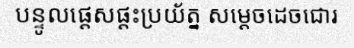
បន្ទូលផ្តេសផ្តះប្រយ័ត្ន សម្តេចដេចជោរ